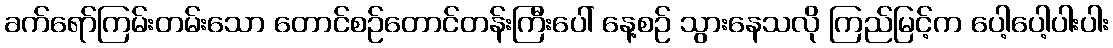
ခက်ရော်ကြမ်းတမ်းသော တောင်စဉ်တောင်တန်းကြီးပေါ် နေ့စဉ် သွားနေသလို ကြည်မြင့်က ပေါ့ပေါ့ပါးပါး